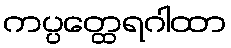
ကပ္ပတ္ထေရဂါထာ